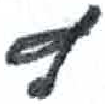
אות: ץ